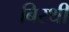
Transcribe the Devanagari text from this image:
बिरथी